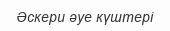
Әскери әуе күштері